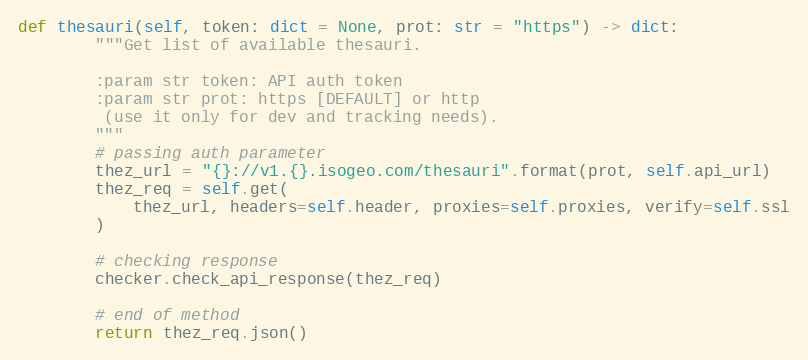
Language: Python
def thesauri(self, token: dict = None, prot: str = "https") -> dict:
        """Get list of available thesauri.

        :param str token: API auth token
        :param str prot: https [DEFAULT] or http
         (use it only for dev and tracking needs).
        """
        # passing auth parameter
        thez_url = "{}://v1.{}.isogeo.com/thesauri".format(prot, self.api_url)
        thez_req = self.get(
            thez_url, headers=self.header, proxies=self.proxies, verify=self.ssl
        )

        # checking response
        checker.check_api_response(thez_req)

        # end of method
        return thez_req.json()